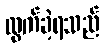
ထွက်ခဲ့ရသည်